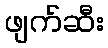
ဖျက်ဆီး